画像に写った文字を読んでください
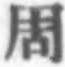
「周」と書いてあります